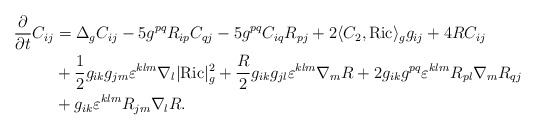
\begin{align*}\frac{\partial}{\partial t}C_{ij}&=\Delta_g C_{ij}-5g^{pq}R_{ip}C_{qj}-5g^{pq}C_{iq}R_{pj}+2\langle C_2,\mathrm{Ric}\rangle_gg_{ij}+4RC_{ij}\\&+\frac{1}{2}g_{ik}g_{jm}\varepsilon^{klm}\nabla_l|\mathrm{Ric}|_g^2+\frac{R}{2}g_{ik}g_{jl}\varepsilon^{klm}\nabla_mR+2g_{ik}g^{pq}\varepsilon^{klm}R_{pl}\nabla_mR_{qj}\\&+g_{ik}\varepsilon^{klm}R_{jm}\nabla_lR.\end{align*}